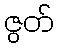
ဇွတ်